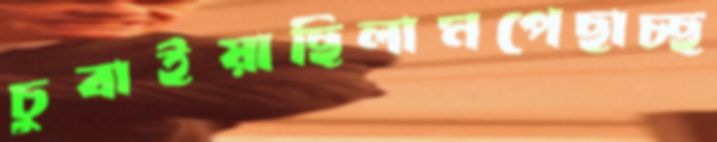
চুবাইয়াছিলামপেছাচ্ছ